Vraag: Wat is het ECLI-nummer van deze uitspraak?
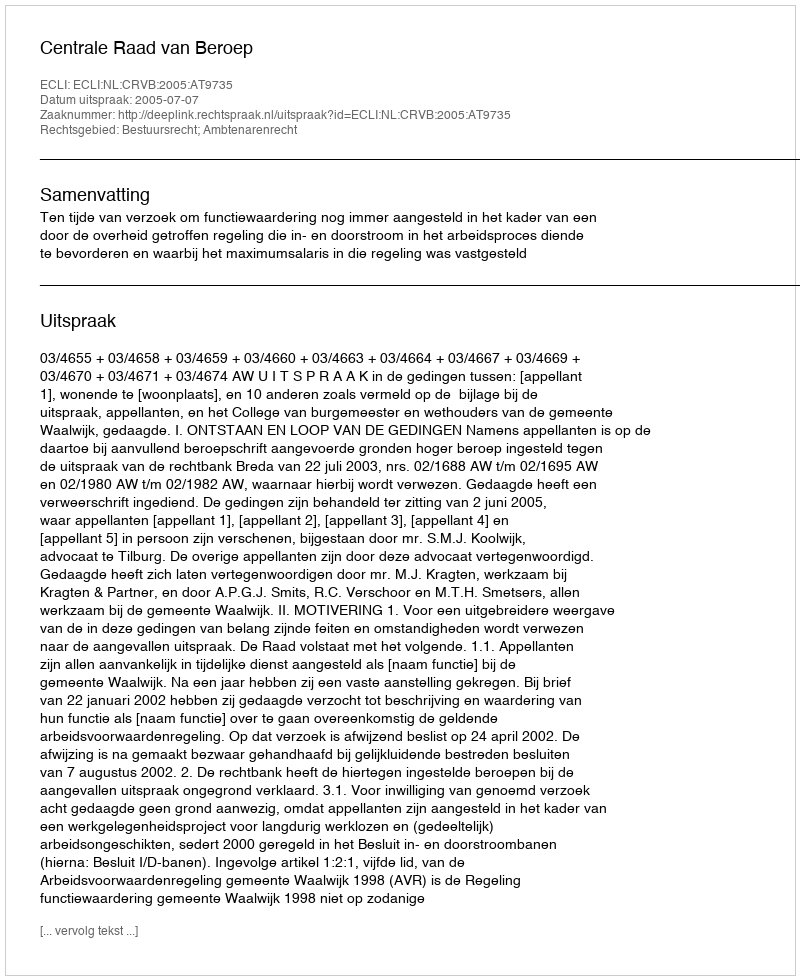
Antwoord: ECLI:NL:CRVB:2005:AT9735